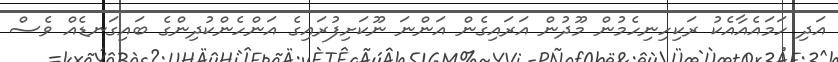
އަދި ހަމައެއާއެކު ރަކިހިނިހެމުން މޫދުން އަރައިގެން އަންނަ ނޫކަށިފުރައިގެ އަންހެންކުދިންގެ ބައިގަނޑެއް ވެސް